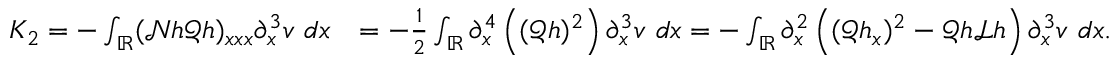
\begin{array} { r l } { K _ { 2 } = - \int _ { \mathbb R } ( \mathscr { N } h \mathscr { Q } h ) _ { x x x } \partial _ { x } ^ { 3 } v \ d x } & { = - \frac { 1 } { 2 } \int _ { \mathbb R } \partial _ { x } ^ { 4 } \left( ( \mathscr { Q } h ) ^ { 2 } \right) \partial _ { x } ^ { 3 } v \ d x = - \int _ { \mathbb R } \partial _ { x } ^ { 2 } \left( ( \mathscr { Q } h _ { x } ) ^ { 2 } - \mathscr { Q } h \mathscr { L } h \right) \partial _ { x } ^ { 3 } v \ d x . } \end{array}